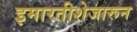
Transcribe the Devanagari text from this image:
इमारतीशेजारून